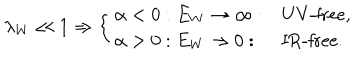
LaTeX: \lambda _ { W } \ll 1 \Rightarrow \left\{ \begin{array} { l l l } { { \alpha < 0 : E _ { W } \rightarrow \infty : } } & { { \mathrm { U V - f r e e , } } } \\ { { \alpha > 0 : E _ { W } \rightarrow 0 : } } & { { \mathrm { I R - f r e e . } } } \\ \end{array} \right.